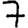
Digit: 7